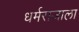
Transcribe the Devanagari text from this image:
धर्मराजाला